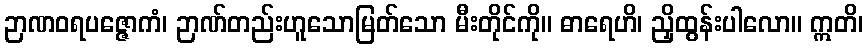
ဉာဏဝရပဇ္ဇောကံ၊ ဉာဏ်တည်းဟူသောမြတ်သော မီးတိုင်ကို။ ဓာရေဟိ၊ ညှိထွန်းပါလော။ ဣတိ၊